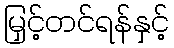
မြှင့်တင်ရန်နှင့်